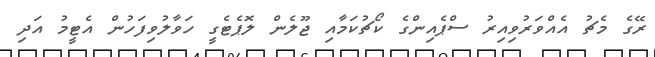
ރޭގެ މެޗު އެއްވަރުވިއިރު ސްޕެއިންގެ ކޯޗުކަމާއި ޖޫލެން ލޮޕެޓެގީ ހަވާލުވިފަހުން އެޓީމު އަދި